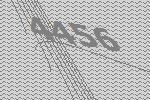
4456